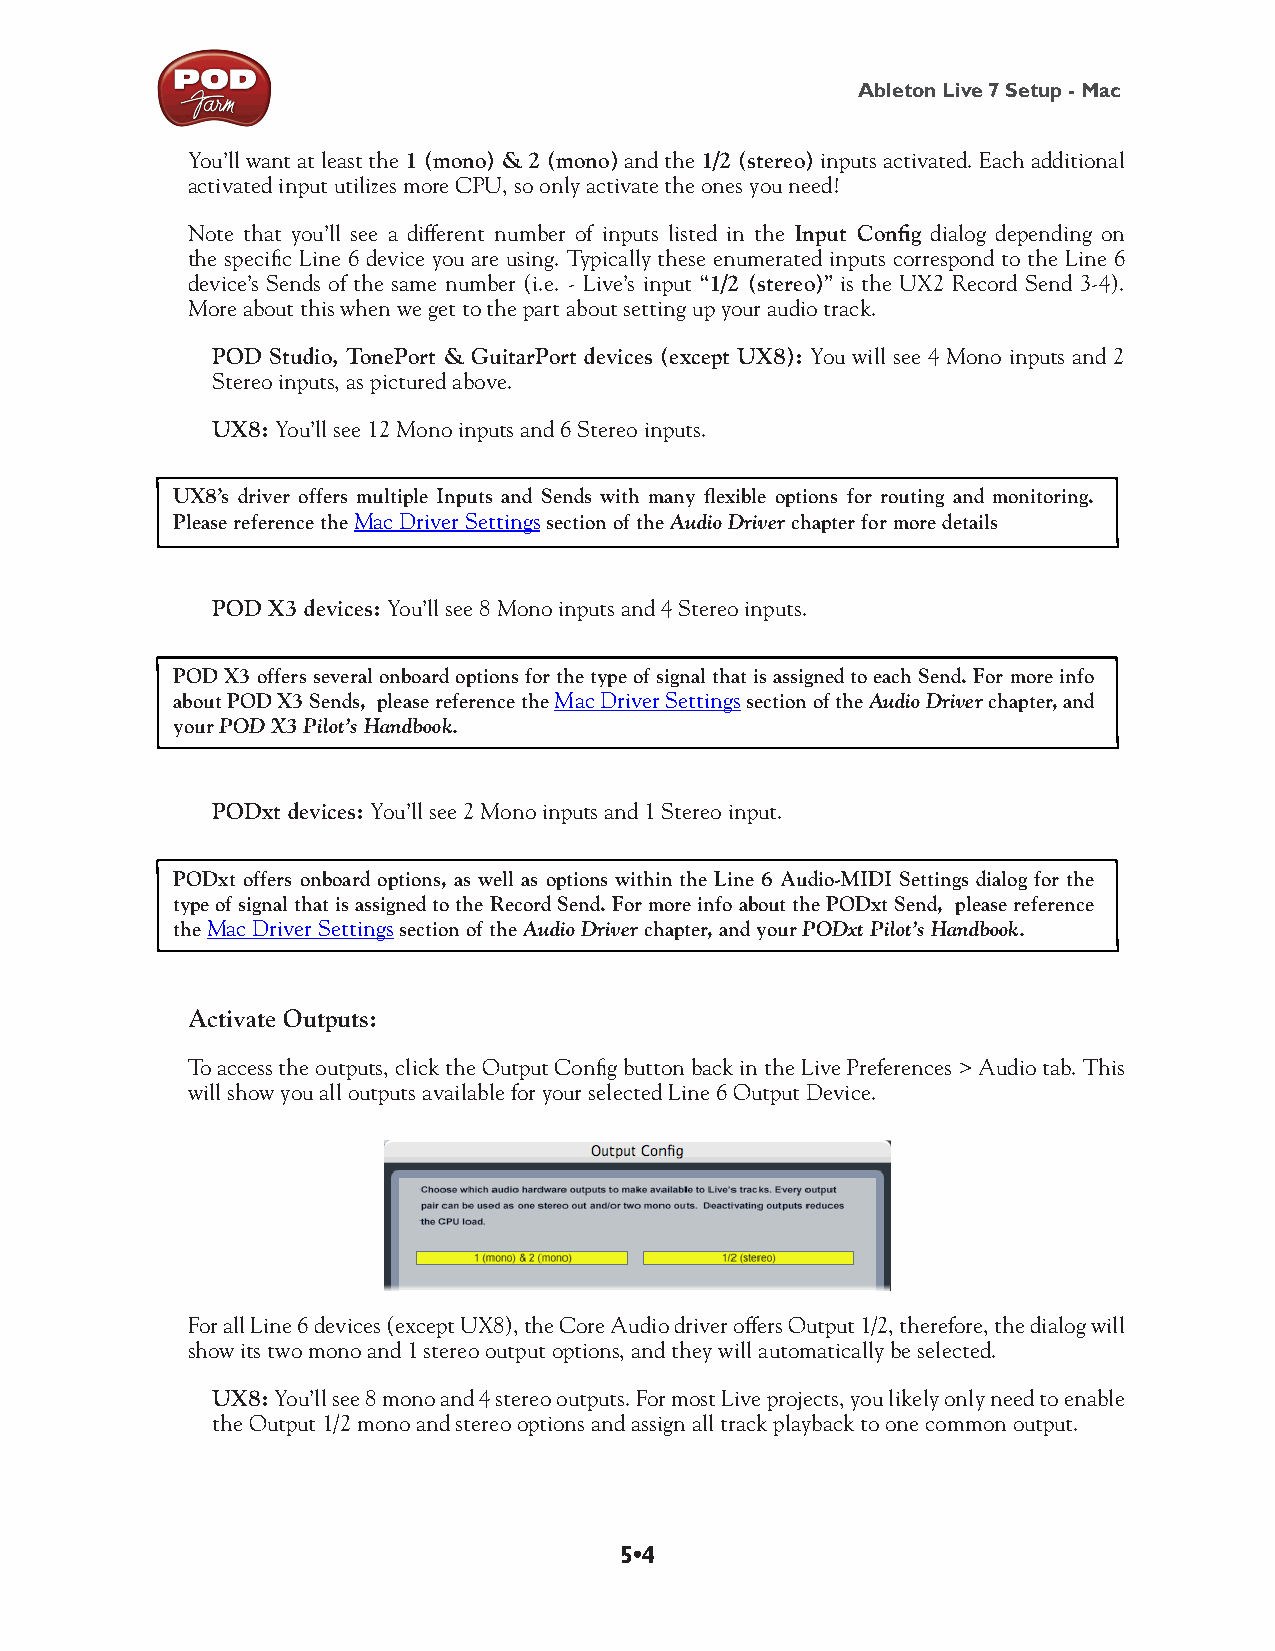
Ableton Live 7 Setup - Mac
 You’ll want at least the 1 (mono) & 2 (mono) and the 1/2 (stereo) inputs activated. Each additional
 activated input utilizes more CPU, so only activate the ones you need!
 Note that you’ll see a different number of inputs listed in the Input Config dialog depending on
 the specific Line 6 device you are using. Typically these enumerated inputs correspond to the Line 6
 device’s Sends of the same number (i.e. - Live’s input “1/2 (stereo)” is the UX2 Record Send 3-4).
 More about this when we get to the part about setting up your audio track.
 POD Studio, TonePort & GuitarPort devices (except UX8): You will see 4 Mono inputs and 2
 Stereo inputs, as pictured above.
 UX8: You’ll see 12 Mono inputs and 6 Stereo inputs.
 UX8’s driver offers multiple Inputs and Sends with many flexible options for routing and monitoring.
 Please reference the Mac Driver Settings section of the Audio Driver chapter for more details
 POD X3 devices: You’ll see 8 Mono inputs and 4 Stereo inputs.
 POD X3 offers several onboard options for the type of signal that is assigned to each Send. For more info
 about POD X3 Sends, please reference the Mac Driver Settings section of the Audio Driver chapter, and
 your POD X3 Pilot’s Handbook.
 PODxt devices: You’ll see 2 Mono inputs and 1 Stereo input.
 PODxt offers onboard options, as well as options within the Line 6 Audio-MIDI Settings dialog for the
 type of signal that is assigned to the Record Send. For more info about the PODxt Send, please reference
 the Mac Driver Settings section of the Audio Driver chapter, and your PODxt Pilot’s Handbook.
 Activate Outputs:
 To access the outputs, click the Output Config button back in the Live Preferences > Audio tab. This
 will show you all outputs available for your selected Line 6 Output Device.
 For all Line 6 devices (except UX8), the Core Audio driver offers Output 1/2, therefore, the dialog will
 show its two mono and 1 stereo output options, and they will automatically be selected.
 UX8: You’ll see 8 mono and 4 stereo outputs. For most Live projects, you likely only need to enable
 the Output 1/2 mono and stereo options and assign all track playback to one common output.
 5•4